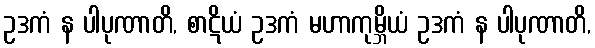
ဥဒကံ န ပါပုဏာတိ, စာဋိယံ ဥဒကံ မဟာကုမ္ဘိယံ ဥဒကံ န ပါပုဏာတိ,